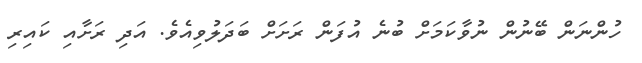
ހުންނަން ބޭނުން ނުވާކަމަށް ބުނެ އުފަން ރަށަށް ބަދަލުވިއެވެ. އަދި ރަށާއި ކައިރި